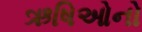
ઋષિઓનો